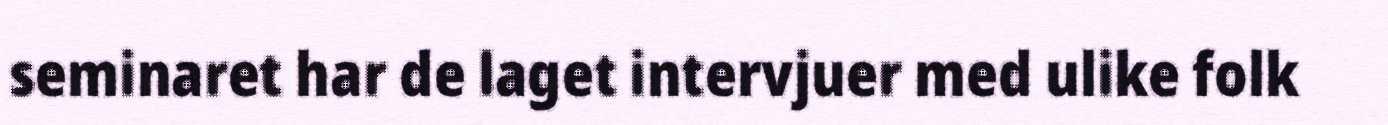
seminaret har de laget intervjuer med ulike folk